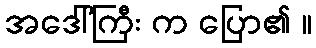
အဒေါ်ကြီး က ပြော၏ ။